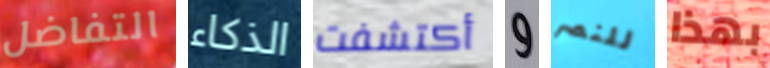
التفاضل الذكاء أكتشفت و للنصر بهذا